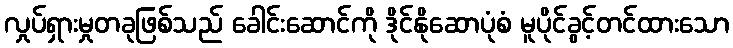
လှုပ်ရှားမှုတခုဖြစ်သည် ခေါင်းဆောင်ကို ဒိုင်နိုဆောပုံစံ မူပိုင်ခွင့်တင်ထားသော